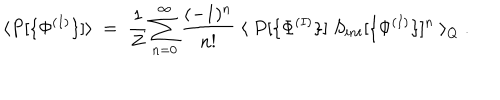
\langle P [ \{ \Phi ^ { ( I ) } \} ] \rangle \; = \; \frac { 1 } { Z } \sum _ { n = 0 } ^ { \infty } \frac { ( - 1 ) ^ { n } } { n ! } \; \langle \; P [ \{ \Phi ^ { ( I ) } \} ] \; S _ { i n t } [ \{ \Phi ^ { ( I ) } \} ] ^ { n } \; \rangle _ { Q } \; .